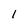
Character: l